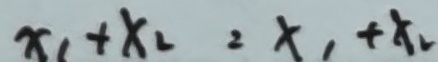
x _ { 1 } + x _ { 2 } = x _ { 1 } + x _ { 2 }